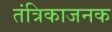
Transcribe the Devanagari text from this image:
तंत्रिकाजनक